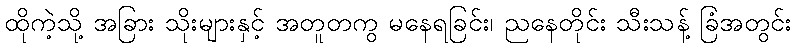
ထိုကဲ့သို့ အခြား သိုးများနှင့် အတူတကွ မနေရခြင်း၊ ညနေတိုင်း သီးသန့် ခြံအတွင်း